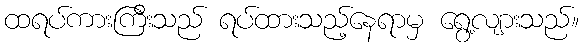
ထရပ်ကားကြီးသည် ရပ်ထားသည့်နေရာမှ ရွေ့လျားသည်။